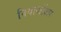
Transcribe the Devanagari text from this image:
नियार्शोअर